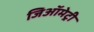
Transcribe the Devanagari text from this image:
जिऑमेट्री